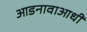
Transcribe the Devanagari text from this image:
आडनावाआधी